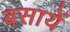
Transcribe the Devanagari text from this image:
बसायें